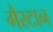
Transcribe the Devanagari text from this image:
गैस्टान